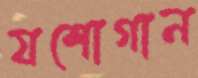
যশোগান